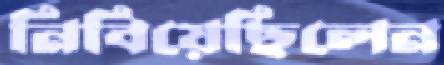
নিবিয়েছিলেন